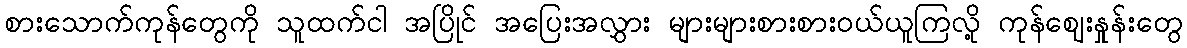
စားသောက်ကုန်တွေကို သူထက်ငါ အပြိုင် အပြေးအလွှား များများစားစားဝယ်ယူကြလို့ ကုန်ဈေးနှုန်းတွေ